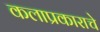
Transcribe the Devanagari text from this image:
कलाप्रकाराचे